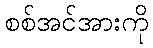
စစ်အင်အားကို